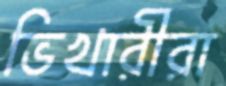
ভিখারীরা